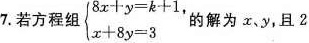
7.若方程组{8 $$\begin{cases} 8x+y=k+1, \\\\ x+8y=3 \end{cases}$$ 的解为x.y，且2